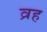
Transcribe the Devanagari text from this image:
व्रह